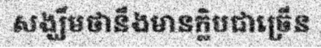
សង្ឃឹមថានឹងមានក្លិបជាច្រើន